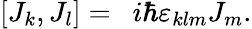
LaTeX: \left[{J}_{k},{J}_{l}\right]=\ \ i\hbar\varepsilon_{klm}{J}_{m}.